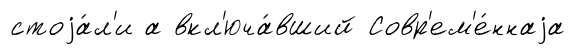
стоjа́л'и а вкл'юча́вший Совр'ем'е́ннаjа